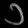
Digit: ၁